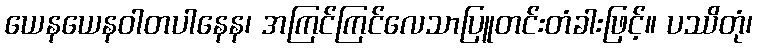
ယေနယေနဝါတပါနေန၊ အကြင်ကြင်လေသာပြူတင်းတံခါးဖြင့်။ ပဿိတုံ၊